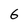
Character: 6